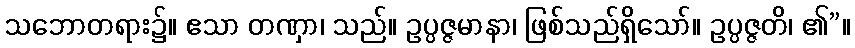
သဘောတရား၌။ ဧသာ တဏှာ၊ သည်။ ဥပ္ပဇ္ဇမာနာ၊ ဖြစ်သည်ရှိသော်။ ဥပ္ပဇ္ဇတိ၊ ၏”။